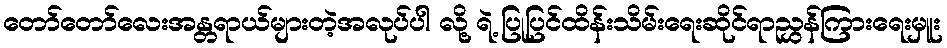
တော်တော်လေးအန္တရာယ်များတဲ့အလုပ်ပါ လို့ ရဲ့ ပြုပြင်ထိန်းသိမ်းရေးဆိုင်ရာညွှန်ကြားရေးမှူး